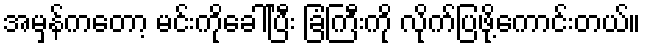
အမှန်ကတော့ မင်းကိုခေါ်ပြီး ခြံကြီးကို လိုက်ပြဖို့ကောင်းတယ်။